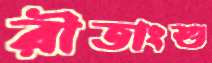
রীতাংশু